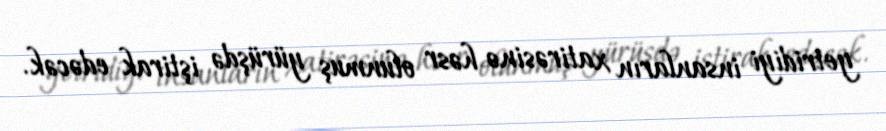
yetridiyi insanların xatirəsinə həsr olunmuş yürüşdə iştirak edəcək.